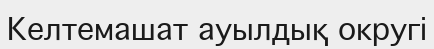
Келтемашат ауылдық округі